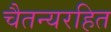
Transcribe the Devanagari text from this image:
चैतन्यरहित